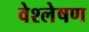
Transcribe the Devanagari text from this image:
वेश्लेषण